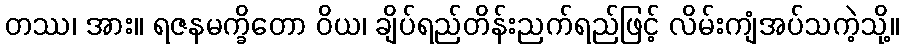
တဿ၊ အား။ ရဇနမက္ခိတော ဝိယ၊ ချိပ်ရည်တိန်းညက်ရည်ဖြင့် လိမ်းကျံအပ်သကဲ့သို့။